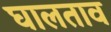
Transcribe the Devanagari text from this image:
घालताव